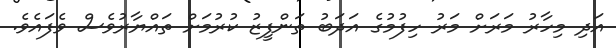
އަދި މިހާރު މަރަށް މަރު ހިފުމުގެ އަދަބު ތަންފީޒު ކުރުމަށް ތައްޔާރުވެސް ވެފައެވެ.